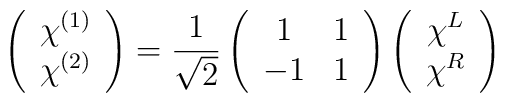
\left( \begin{array}{c}  \chi^{(1)}\\ \chi^{(2)} \end{array} \right)= \frac{1}{\sqrt{2}} \left( \begin{array}{cc}  1 & 1 \\-1 & 1\end{array} \right) \left( \begin{array}{c}  \chi^{L}\\ \chi^{R}\end{array} \right)